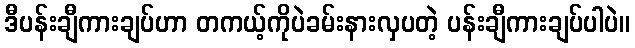
ဒီပန်းချီကားချပ်ဟာ တကယ့်ကိုပဲခမ်းနားလှပတဲ့ ပန်းချီကားချပ်ပါပဲ။